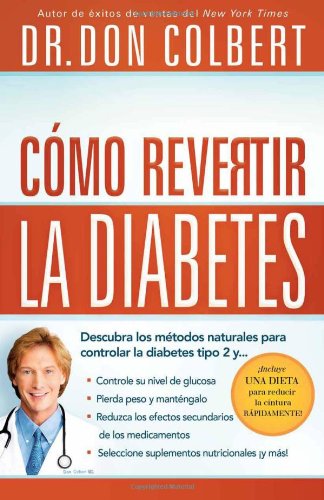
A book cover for CÃ³mo revertir la diabetes: Descubra los mÃ©todos naturales para controlar la diabetes tipo 2 (Spanish Edition); Don Colbert; Health, Fitness & Dieting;